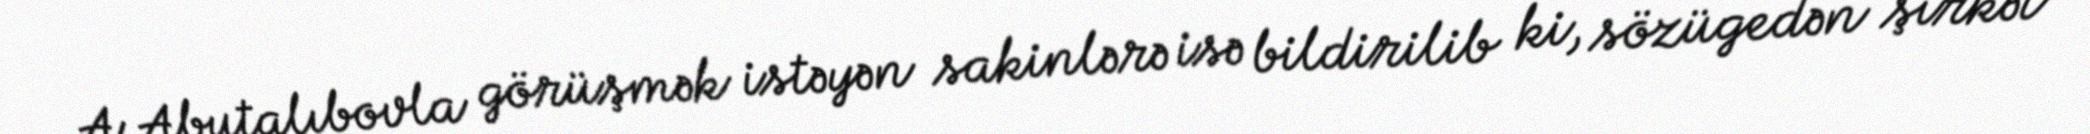
A.Abutalıbovla görüşmək istəyən sakinlərə isə bildirilib ki, sözügedən şirkət